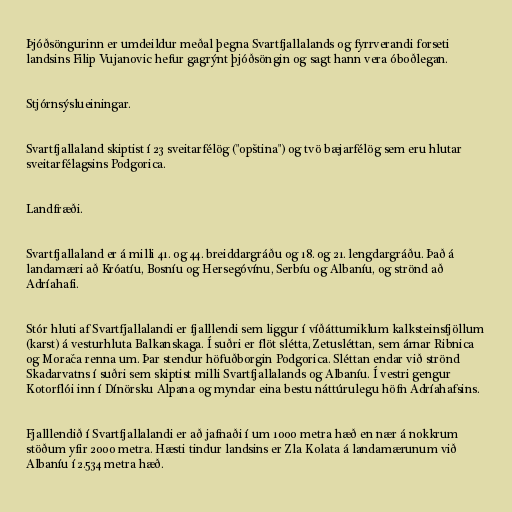
Þjóðsöngurinn er umdeildur meðal þegna Svartfjallalands og fyrrverandi forseti
landsins Filip Vujanovic hefur gagrýnt þjóðsöngin og sagt hann vera óboðlegan.

Stjórnsýslueiningar.

Svartfjallaland skiptist í 23 sveitarfélög ("opština") og tvö bæjarfélög sem eru hlutar
sveitarfélagsins Podgorica.

Landfræði.

Svartfjallaland er á milli 41. og 44. breiddargráðu og 18. og 21. lengdargráðu. Það á
landamæri að Króatíu, Bosníu og Hersegóvínu, Serbíu og Albaníu, og strönd að
Adríahafi.

Stór hluti af Svartfjallalandi er fjalllendi sem liggur í víðáttumiklum kalksteinsfjöllum
(karst) á vesturhluta Balkanskaga. Í suðri er flöt slétta, Zetusléttan, sem árnar Ribnica
og Morača renna um. Þar stendur höfuðborgin Podgorica. Sléttan endar við strönd
Skadarvatns í suðri sem skiptist milli Svartfjallalands og Albaníu. Í vestri gengur
Kotorflói inn í Dínörsku Alpana og myndar eina bestu náttúrulegu höfn Adríahafsins.

Fjalllendið í Svartfjallalandi er að jafnaði í um 1000 metra hæð en nær á nokkrum
stöðum yfir 2000 metra. Hæsti tindur landsins er Zla Kolata á landamærunum við
Albaníu í 2.534 metra hæð.